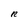
Character: R